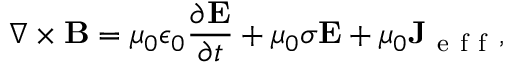
\nabla \times \mathbf { B } = \mu _ { 0 } \epsilon _ { 0 } \frac { \partial \mathbf { E } } { \partial t } + \mu _ { 0 } \sigma \mathbf { E } + \mu _ { 0 } \mathbf { J } _ { \mathrm { ~ e ~ f ~ f ~ } } ,